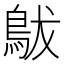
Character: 䳁